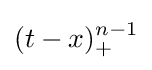
(t-x)_{+}^{n-1}